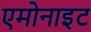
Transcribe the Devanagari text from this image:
एमोनाइट